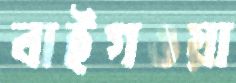
বাইগওয়া